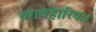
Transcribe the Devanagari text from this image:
व्यावहारिक।